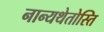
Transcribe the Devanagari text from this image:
नान्यथेतोस्ति